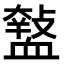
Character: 𧗑